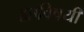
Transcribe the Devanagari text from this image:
ह्याविषयीं